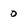
Character: 0